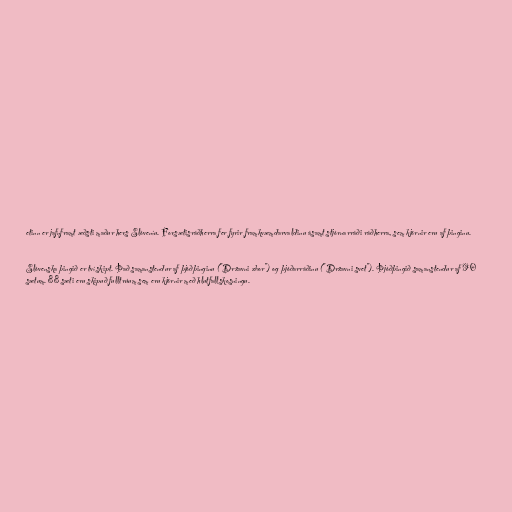
etinn er jafnframt æðsti maður hers Slóveníu. Forsætisráðherra fer fyrir framkvæmdarvaldinu ásamt stjórnarráði ráðherra, sem kjörnir eru af þinginu.

Slóvenska þingið er tvískipt. Það samanstendur af þjóðþinginu ("Državni zbor") og þjóðarráðinu ("Državni svet"). Þjóðþingið samanstendur af 90
sætum. 88 sæti eru skipuð fulltrúum sem eru kjörnir með hlutfallskosningu.